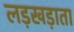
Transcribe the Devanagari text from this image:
लड़खड़ाता